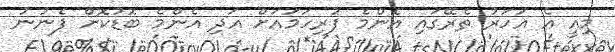
މިއީ އެ އަހަރު ތެރޭގައި އެންމެ ފުރިހަމައަށް އަދި އެންމެ ބޮޑުކޮށް ފެނުނު